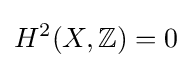
H^{2}(X,\mathbb {Z} )=0